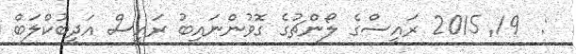
:  19